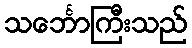
သင်္ဘောကြီးသည်